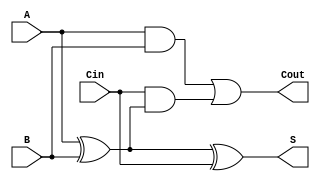
module FullAdder (
    input wire A,    // First input bit
    input wire B,    // Second input bit
    input wire Cin,  // Carry-in bit
    output wire S,   // Sum output
    output wire Cout // Carry-out output
);

// Behavioral description of the full adder
assign S = A ^ B ^ Cin; // Sum is A XOR B XOR Cin
assign Cout = (A & B) | (Cin & (A ^ B)); // Carry-out

endmodule